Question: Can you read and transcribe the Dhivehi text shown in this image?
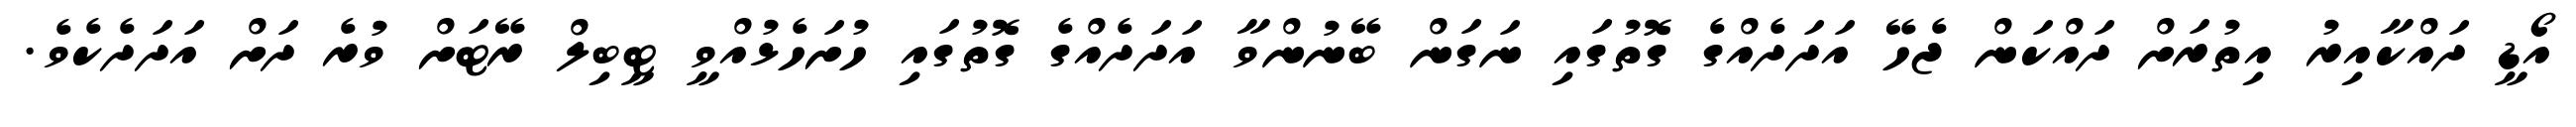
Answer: އޯޑީ ދައްކާއިރު އިތުރަށް ދައްކަން ޖެހޭ އަދަދެއްގެ ގޮތުގައި ނަގަން ބޭނުންވާ އަދަދެއްގެ ގޮތުގައި ހުށަހެޅުއްވީ ޓީބިލް ރޭޓަށް ވުރެ ދަށް އަދަދެކެވެ.